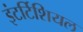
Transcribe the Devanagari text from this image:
इंटर्टिशियल